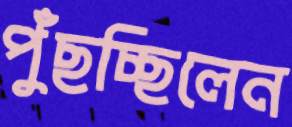
পুঁছচ্ছিলেন